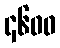
၄၆၀၀